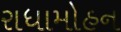
રાધામોહન